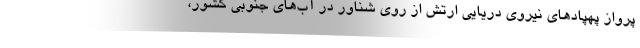
پرواز پهپادهای نیروی دریایی ارتش از روی شناور در آب‌های جنوبی کشور،